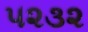
૫૨૩૨